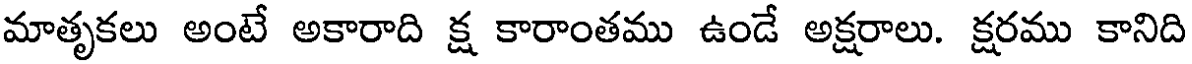
మాతృకలు అంటే అకారాది క్ష కారాంతము ఉండే అక్షరాలు. క్షరము కానిది